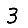
Digit: 3